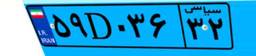
۵۱D۷۴۲۹۲